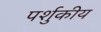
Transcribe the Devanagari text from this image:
पर्शुकीय